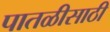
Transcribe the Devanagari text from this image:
पातळीसाठी